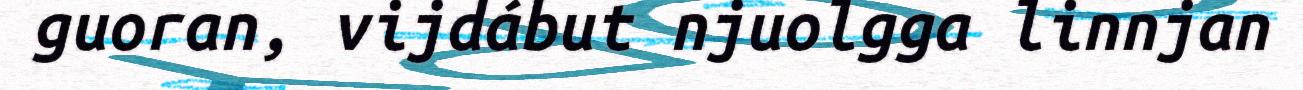
guoran, vijdábut njuolgga linnjan